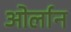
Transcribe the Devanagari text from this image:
ओर्लान